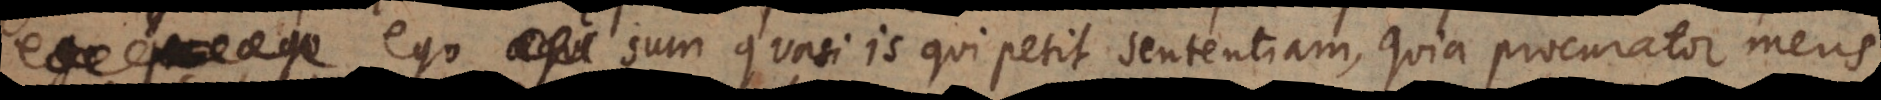
sum quasi is qui petit sententiam, quia procurator meus